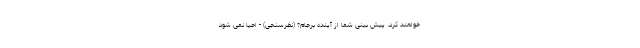
خواهند کرد. پیش بینی شما از آینده برجام؟ (نظرسنجی) - احیا نمی شود